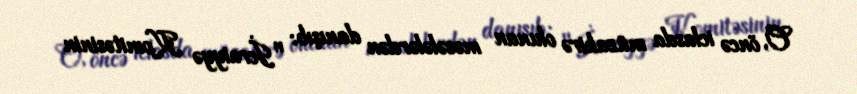
O, öncə iclasda müzakirə olunan məsələlərdən danışıb: "İcraiyyə Komitəsinin